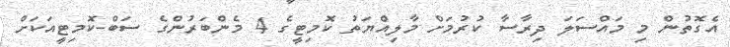
އެގޮތުން މި މައްސަލަ ދިރާސާ ކުރުމަށް މާލިއްޔަތު ކޮމިޓީގެ 4 މެންބަރުންގެ ސަބް-ކޮމިޓީއަކަށް